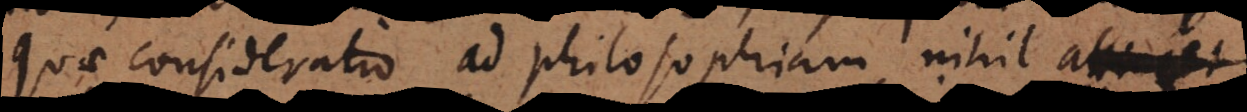
quae consideratio ad philosophiam nihil